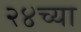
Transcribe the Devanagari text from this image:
२४च्या